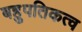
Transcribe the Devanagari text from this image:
बहुपतिकत्व